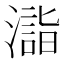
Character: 𣿉